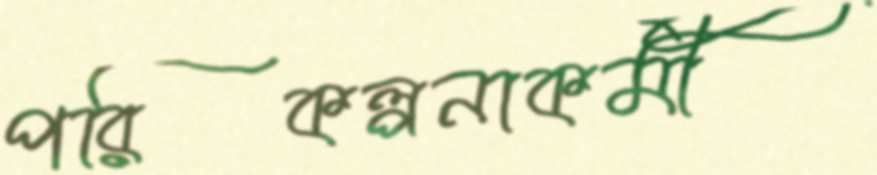
পরিকল্পনাকর্মী